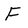
Character: F